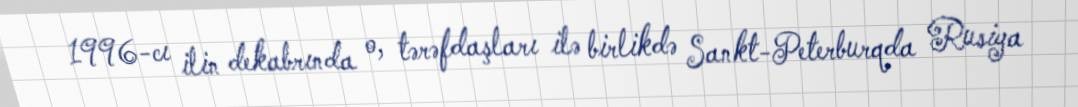
1996-cı ilin dekabrında o, tərəfdaşları ilə birlikdə Sankt-Peterburqda Rusiya